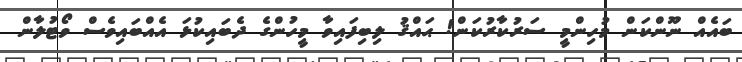
ބައެއް ނޫންކަން މުހިންމީ ސަރުކާރުކަން! ޙައްޤު ލިބިފައިވާ މީހުންގެ ދެބައިކުޅަ އެއްބައިވެސް ވޯޓުލާން